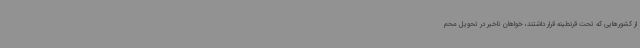
از کشورهایی که تحت قرنطینه قرار داشتند، خواهان تاخیر در تحویل محم